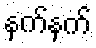
နက်နက်